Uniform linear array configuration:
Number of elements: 4
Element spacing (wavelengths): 1
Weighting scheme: hamming
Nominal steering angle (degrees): -45
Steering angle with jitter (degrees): -46.052
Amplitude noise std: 0.05
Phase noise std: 0.05

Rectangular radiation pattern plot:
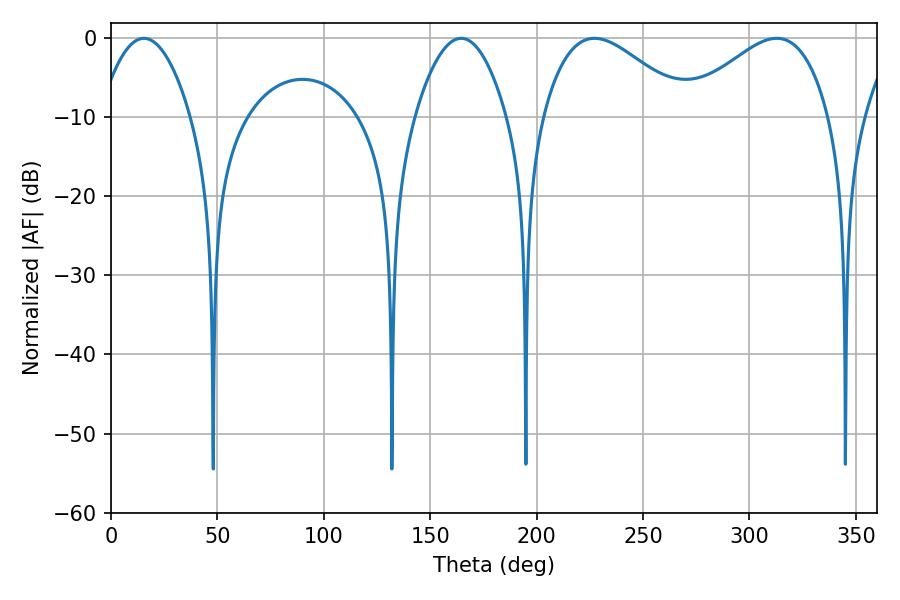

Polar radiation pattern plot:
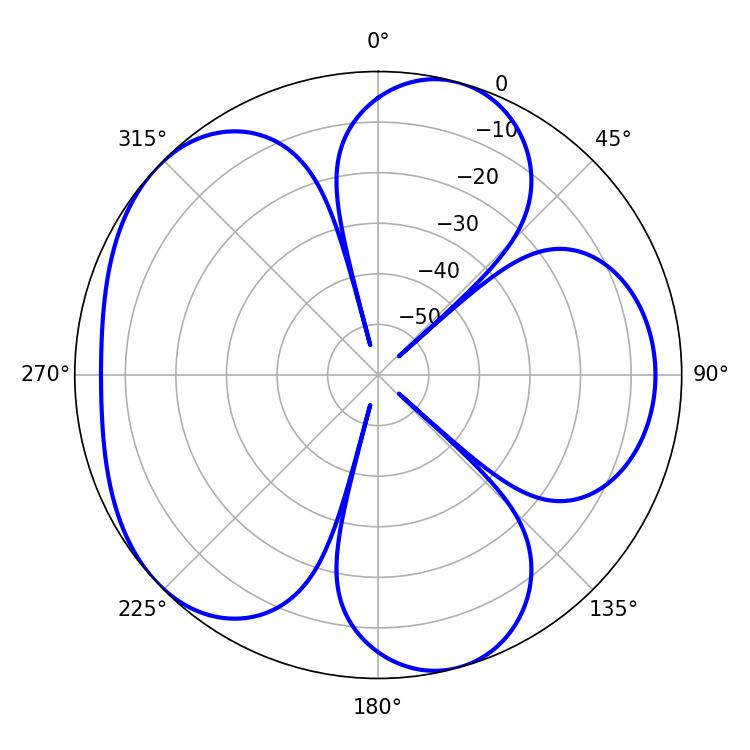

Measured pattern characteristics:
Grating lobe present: TRUE
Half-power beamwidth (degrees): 36.72
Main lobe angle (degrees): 227.16